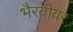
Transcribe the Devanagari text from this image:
भैरवीवर